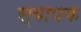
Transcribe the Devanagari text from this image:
स्‍वापक